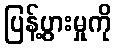
ပြန့်ပွားမှုကို